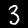
Label: 3